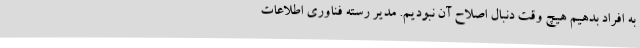
به افراد بدهیم هیچ وقت دنبال اصلاح آن نبودیم. مدیر رسته فناوری اطلاعات